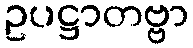
ဥပဋ္ဌာတဗ္ဗာ